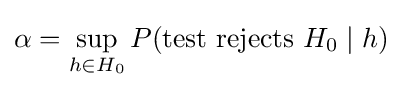
\alpha =\sup _{h\in H_{0}}P({\text{test rejects }}H_{0}\mid h)